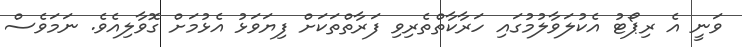
ވަނީ އެ ރިޕޯޓު އެކުލަވާލުމުގައި ހަރާކާތްތެރިވި ފަރާތްތަކަށް ފިޔަވަޅު އެޅުމަށް ގޮވާލިއެވެ. ނަމަވެސް